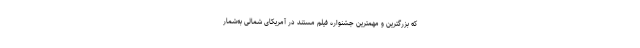
که بزرگترین و مهمترین جشنواره فیلم مستند در آمریکای شمالی به‌شمار